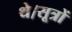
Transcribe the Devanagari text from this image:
थे।सूत्रों